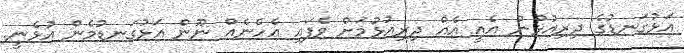
އަޅުގަނޑުގެ ދިރިއުޅުން އެއީ އެއް ދިރިއުޅުމަށް ވެފައި އެހެނެއް ނޫން އަޅުގަނޑުމެން އުޅެނީ.